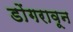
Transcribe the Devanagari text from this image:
डोंगरावून